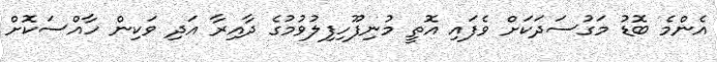
އެންމެ ބޮޑު މަގުސަދަކަށް ވެފައި އޮތީ މުނިފޫހިފިލުވުމުގެ ދާއިރާ އަދި ވަކިން ހާއްސަކޮށް